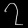
Digit: ၇